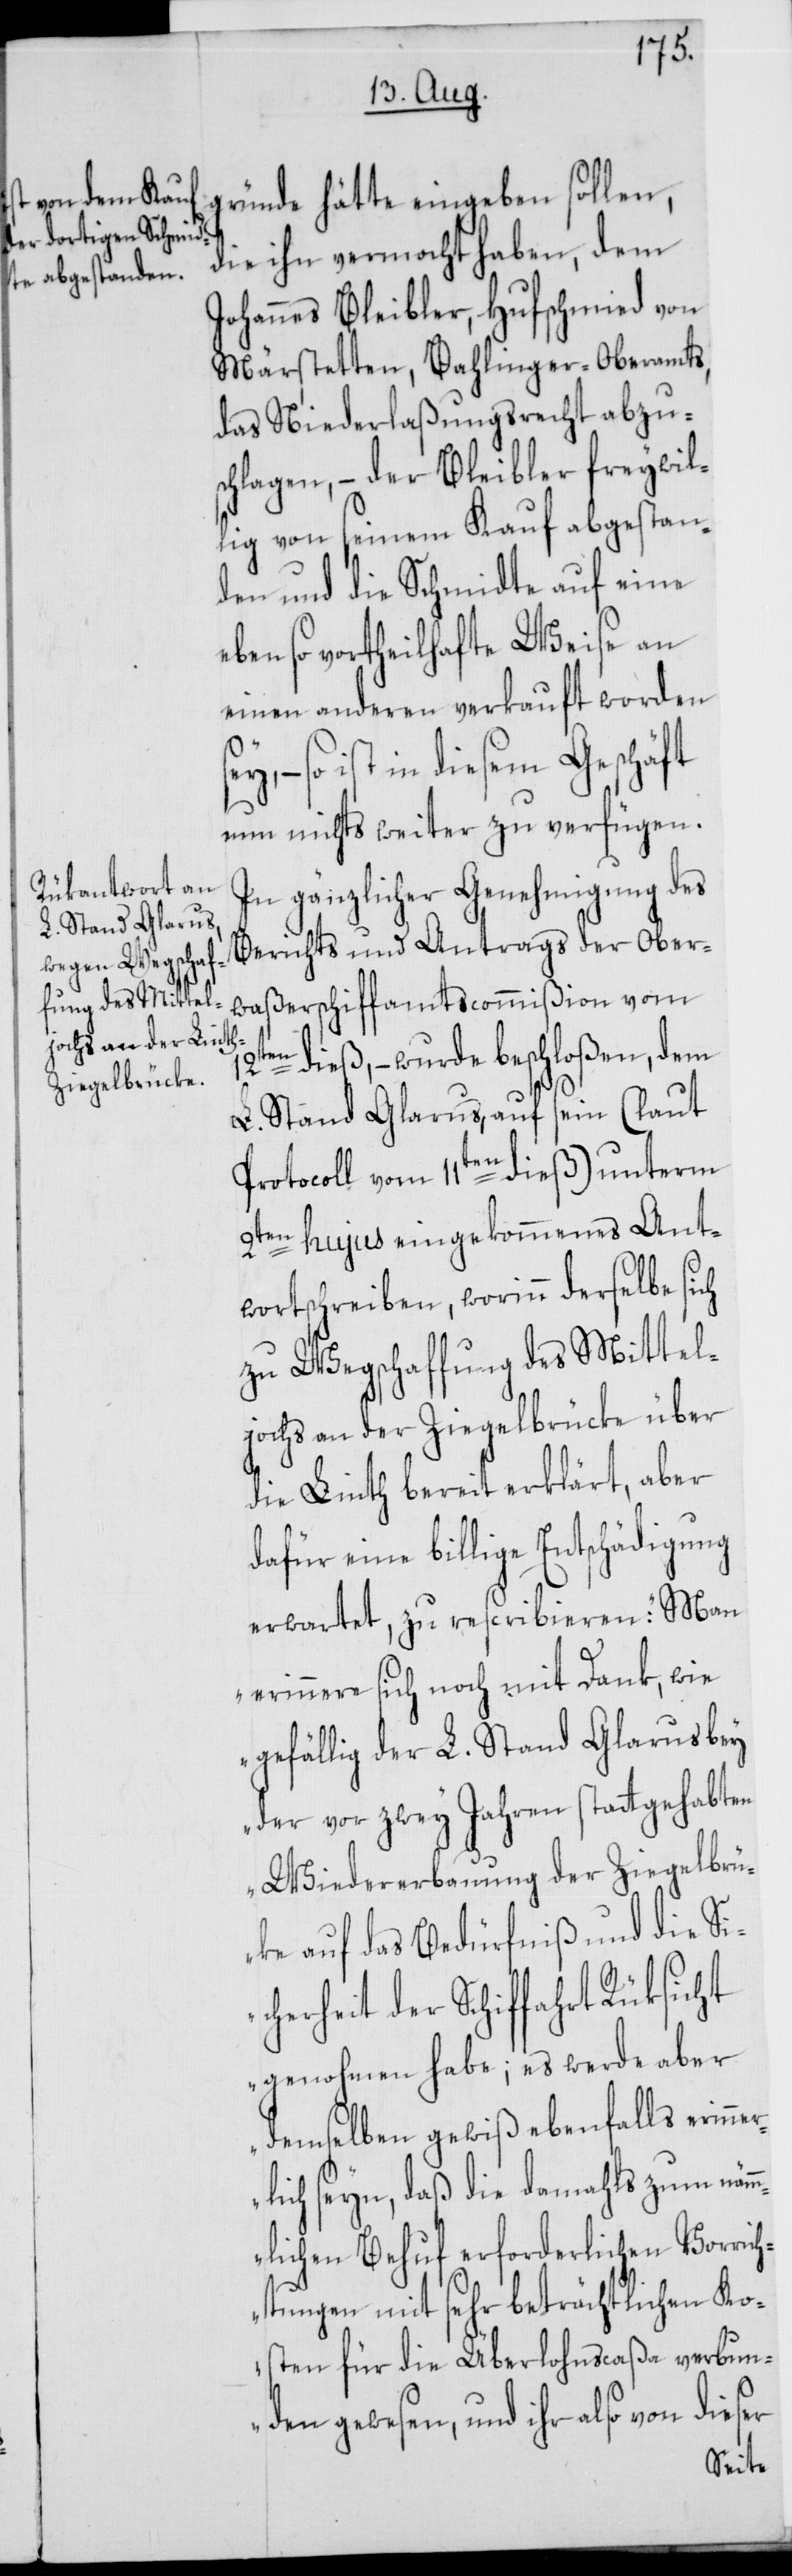
12t¬
gründe hätte eingeben sollen,
die ihn vermocht haben, dem
Johannes Bleibler, Hufschmied von
Märstetten, Bahlinger-Oberamts,
das Niederlaßungsrecht abzu¬
schlagen, – der Bleibler freywil¬
lig von seinem Kauf abgestan¬
den und die Schmidte auf eine
ebenso vortheilhafte Weise an
einen anderen verkauft worden
– so ist in diesem Geschäft
nun nichts weiter zu verfügen.
In gänzlicher Genehmigung des
Berichts und Antrags der Ober¬
waßerschiffamtscommißion vom
en dieß, – wurde beschloßen, dem
L. Stand Glarus, auf sein (laut
Protocoll vom 11ten dieß) unterm
2ten hujus eingekommenes Ant¬
wortschreiben, worinn derselbe sich
zu Wegschaffung des Mittel¬
jochs an der Ziegelbrüke über
die Linth bereit erklärt, aber
dafür eine billige Entschädigung
erwartet, zu rescribieren: „Man
erinnere sich noch mit Dank, wie
gefällig der L. Stand Glarus bey
der vor zwey Jahren stattgehabten
Wiedererbauuung der Ziegelbrü¬
cke auf das Bedürfniß und die Si¬
cherheit der Schiffahrt Rüksicht
genohmen habe; es werde aber
demselben gewiß ebenfalls erinne¬
rlich seyn, daß die damahls zum näm¬
mlichen Behuf erforderlichen Vorrich¬
tungen mit sehr beträchtlichen Ko¬
sten für die Überlohnscaßa verbun¬
den gewesen, und ihr also von dieser